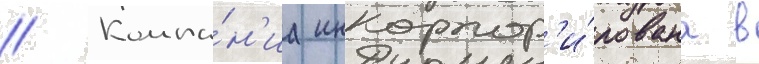
// Компа́н'иа инкорпор'и́рована в